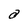
Character: a